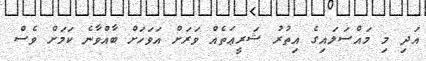
އަދި މި މައްސަލައިގެ އިތުރު ޝަރީޢަތެއް ވަރަށް އަވަހަށް ބާއްވާނެ ކަމަށް ވެސް